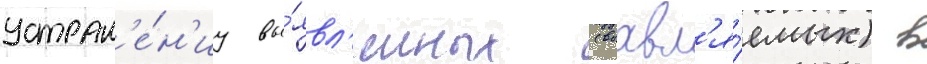
устран'е́н'иу вы́явл'енных (выавл'я́емых) в